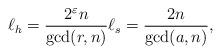
LaTeX: \begin{align*}\ell_h=\frac{2^\varepsilon n}{\gcd(r,n)} \ell_s=\frac{2 n}{\gcd(a,n)},\end{align*}